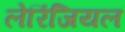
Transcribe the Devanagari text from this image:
लेरिंजियल